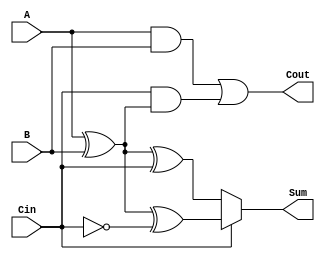
module ConditionalSumFullAdder (
    input wire A,      // First binary input
    input wire B,      // Second binary input
    input wire Cin,    // Carry-in input
    output wire Sum,   // Sum output
    output wire Cout   // Carry-out output
);

    // Intermediate signals for potential sums
    wire S0;          // Sum assuming no carry from previous stage
    wire S1;          // Sum assuming carry from previous stage

    // Calculate S0 and S1
    assign S0 = A ^ B ^ Cin;               // S0 = A  B  Cin
    assign S1 = A ^ B ^ ~Cin;              // S1 = A  B  Cin

    // Calculate Cout
    assign Cout = (A & B) | (Cin & (A ^ B)); // Cout = (A  B) + (Cin  (A  B))

    // Final Sum selection based on Cin
    assign Sum = Cin ? S1 : S0;            // Sum = S1 if Cin is 1, else S0

endmodule